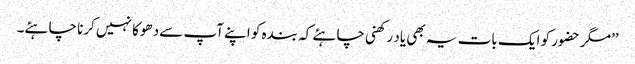
’’مگر حضور کو ایک بات یہ بھی یاد رکھنی چاہئے کہ بندہ کو اپنے آپ سے دھوکا نہیں کرنا چاہئے۔